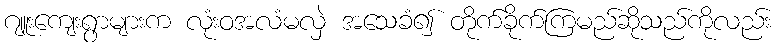
ဂျူးကျေးရွာများက လုံးဝအလံမလှဲ အသေခံ၍ တိုက်ခိုက်ကြမည်ဆိုသည်ကိုလည်း